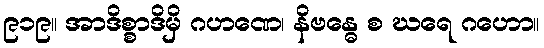
၉၁၉။ အာဒိစ္စာဒိမှိ ဂဟဏေ၊ နိဗန္ဓေ စ ဃရေ ဂဟော။